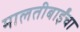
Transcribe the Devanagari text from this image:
मालतीबाईंचा